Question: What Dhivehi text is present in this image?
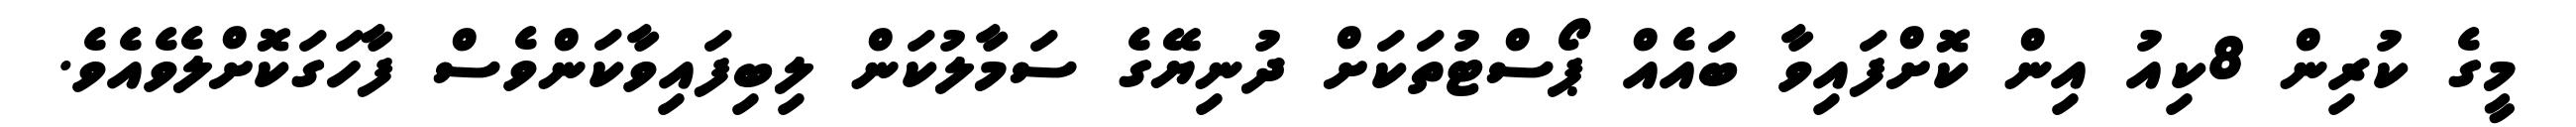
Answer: މީގެ ކުރިން 8ކިއު އިން ކޮށްފައިވާ ބައެއް ޕޯސްޓުތަކަށް ދުނިޔޭގެ ސަމާލުކަން ލިބިފައިވާކަންވެސް ފާހަގަކޮށްލެވެއެވެ.